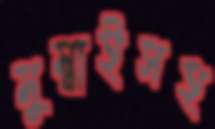
মুম্বাইসহ